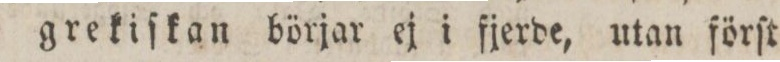
grekiſkan börjar ej i ſjerde, utan förſt